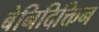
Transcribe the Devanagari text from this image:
बेनिदिक्तिन